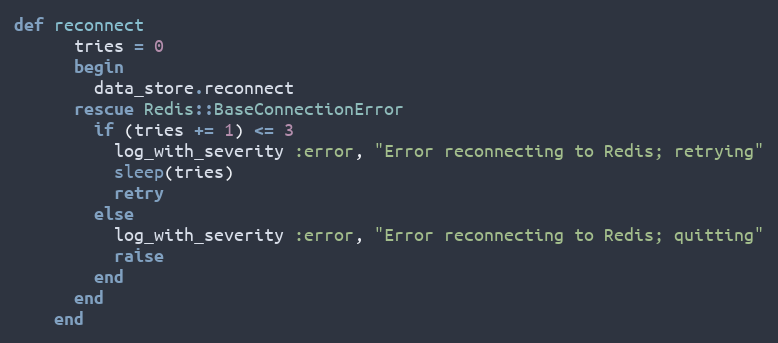
Language: Ruby
def reconnect
      tries = 0
      begin
        data_store.reconnect
      rescue Redis::BaseConnectionError
        if (tries += 1) <= 3
          log_with_severity :error, "Error reconnecting to Redis; retrying"
          sleep(tries)
          retry
        else
          log_with_severity :error, "Error reconnecting to Redis; quitting"
          raise
        end
      end
    end